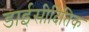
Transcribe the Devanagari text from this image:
डाईसीदितिक